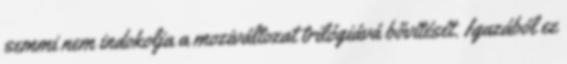
semmi nem indokolja a moziváltozat trilógiává bővítését. Igazából ez